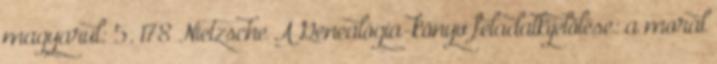
magyarul: 5. 178 Nietzsche A Genealógia-könyv feladatkijelölése: a morál